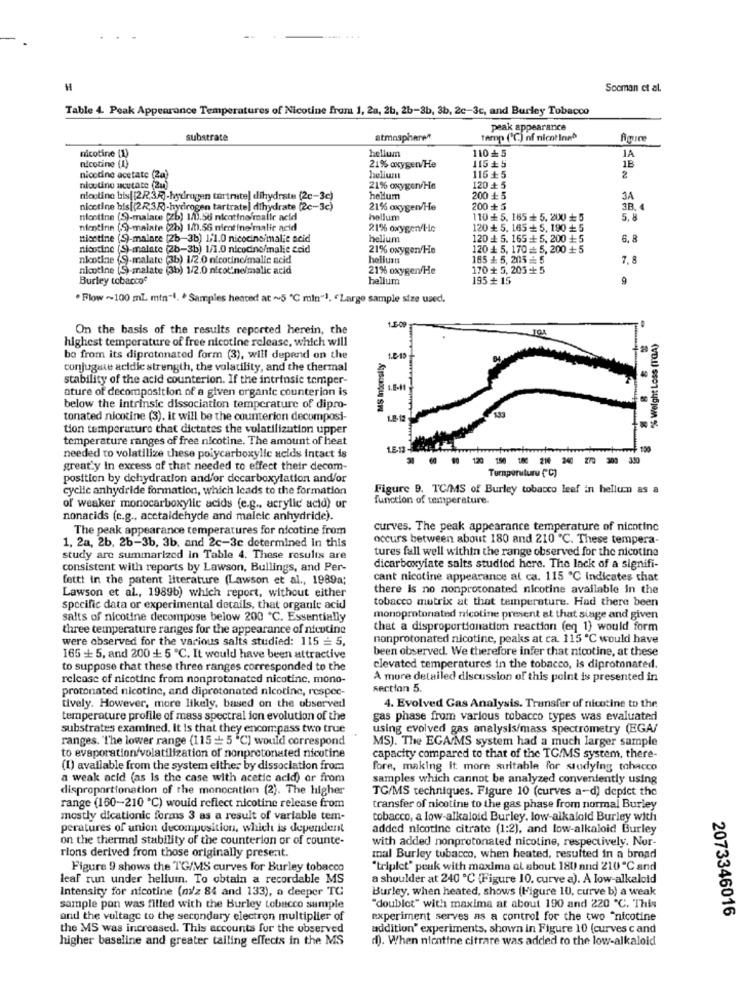
Sooman et al.
Table 4. Peak Appearance Temperatures of Nicotine from 1, 2a, 2b, 2b-3b, 3b, 2c-3c, and Burley Tobacco
peak appearance
substrate
atmosphere?
tamp ('℃) of nicotine?
nicotine (1)
hellum
110+ 5
JA
1E
nicotine (1)
21% oxygen/He
115 + 5
nicotine acetate (2a)
helium
115+5
2
nicotine acutate (21)
21% oxygen/He
120 + 5
nicotine bis[ [2R,32)-hydrogen tartrate) dihydrate (2c-3c)
hellum
200+ 5
3A
nicotine his[(22,37)-hydrogen tartrate] dihydrate (2c-3c)
21% oxygen/He
200+ 5
3B
nontine (S)-malate (Zb) 1/1.56 nicotine/malle acid
hollum
110+ 5, 165 + 5. 200+ 5
5.8
nietinn (S)-malate (2h) 1/0.56 niet ine malic acid
21% oxygen He
120+ 5, 165 + 5, 190 + 5
nicotine (S)-malare (2b-3b) 1/1.0 nicocincimalie acid
helium
120 + 5. 165 + 5, 200 + 5
6. 8
nicotine (S)-malate (2b-3b) 1/1.0 nicotine/malie ccid
21% oxygen/He
120 + 5, 170 = 5, 200 + 5
nicotine (S)-malate (3b) 1/2.0 nicotine/malle acid
helluan
185 + 5, 205 # 5
7.8
nicotine (S) malate (3b) 1/2.0 nicot'ne/malic acid
21% oxygen/He
170 + 5, 205 + 5
Burley tobacco€
hellum
195+ 15
9
Flow~100 mL min-1. * Samples heated at ~5 ℃ min"1, "Large sample size used,
On the basis of the results reported herein, the
highest temperature of free nicotine release, which will
% Weight Loss (TGA)
bo from its dipretenated form (3), will depend on the
conjugate acidic strength, the volatility, and the thermal
stability of the acid counterion. If the intrinsic tomper-
ature of decomposition of a given organic counterion is
1.8-1
below the intrinsic dissociation temperature of dipro-
tonated nicotine (3). it will be the counterion decomposi-
... .
tion temperature that dictates the volatilization upper
temperature ranges of free nicotine. The amount of heat
1513
150
needed to volatilize these polycarboxylic acids intact is
00 120 150 1: 214 240 2/0 300 330
great'y In excess of that needed to effect their decom-
position by dehydration and/or decarboxylation and/or
Turnporuturu (*℃)
cyclic anhydride formation, which leads to the formation
Figure 9. TC/MS of Burley tobacco leef in hellum as a
function of temperature.
of weaker monocarboxylic acids (e.g ., acrylic acid) or
nonacids (c.g ., acctaldehyde and maleic anhydride).
The peak appearance temperatures for nicotine from
curves. The peak appearance temperature of nicotinc
occurs between about 180 and 210 ℃. These tempera-
1, 2a, 2b, 2b-3b, 3b, and 2c-3c determined in this
tures fall well within the range observed for the nicotine
study are summarized in Table 4. These results are
consistent with reports by Lawson, Bullings, and Per-
dicarboxyiate salts studied here. The lack of a signifi-
fettt in the patent literature (Lawson et al ., 1989a;
cant nicotine appearance al ca. 115 ℃ indicates that
there is no nonprotonated nicotine available in the
Lawson et al ., 1989b) which report, without either
tobacco mutrix at that temperature. Had there been
specific data or experimental details, that organic acid
salts of nicotine decompose below 200 ℃. Essentially
monoprotonated nicotine present at that siage and given
three temperature ranges for the appearance of nicotine
that a disproportionation reaction (eq 1) would form
were observed for the various salts studied: 115 = 5,
nonprotonated nicotine, peaks at ca. 115 ℃ would have
been observed. We therefore infer that nicotine, at these
165 + 5, and 200 + 5 ℃. It would have been attractive
to suppose that these three ranges corresponded to the
clevated temperatures in the tobacco, is diprotonated.
release of nicotine from nonprotonated nicotine, mono-
A more detailed discussion of this point is presented in
protonated nicotine, and diprotonated nicotine, respec-
section 5.
tively. However, more likely, based on the observed
4. Evolved Gas Analysis. Transfer of nicotine to the
temperature profile of mass spectral ion evolution of the
gas phase from various tobacco types was evaluated
substrates examined. it is that they encompass two true
using evolved gas analysis/mass spectrometry (EGA/
ranges. The lower range (115 = 5 "C] would correspond
MS). The EGA MS system had a much larger sample
to evaporation/volatilization of nonpretonated nicotine
capacity compared to that of the TG/MS system, there-
(1) avallable from the system either by dissociation from
fore, making it more suitable for studying tobacco
a weak acid (as Is the case with acetic acid) or from
samples which cannot be analyzed conveniently using
disproportionation of the monocation (2). The higher
TC/MS techniques. Figure 10 (curves a-d) depict the
range (160-210 ℃) would reflect nicotine release from
transfer of nicotine to the gas phase from normal Burley
mostly dicationic forms 3 as a result of variable tem-
tobacco, a low-alkaloid Burley. low-alkaloid Burley with
peratures of union decomposition, which is dependent
added nicotine citrate (1:2), and low-alkaloid Burley
on the thermal stability of the counterion or of counte-
with added nonprotonated nicotine, respectively. Nor-
rions derived from those originally present.
mal Burley tobacco, when heated, resulted in a broad
Figure 9 shows the TG/MS curves for Burley tobacco
"triplet" peak with maxima al about 180) and 210 ℃ and
leaf run under helium. To obtain a recordable MS
a shoulder at 240 ℃ (Figure 10. curve a). A low-alkaloid
Intensity for nicotine (m/z 84 and 133), a deeper TG
Burley, when heated, shows (Figure 10, curve b) a weak
sample pan was filled with the Burley tobacco sumple
"doublet" with maxima at about 190 and 220 "℃. This
2073346016
and the voltage to the secondary electron multiplier of
experiment serves as a control for the two "nicotine
the MS was increased. This accounts for the observed
addition' experiments, shown in Figure 10 (curves c and
higher baseline and greater tailing effects in the MS
d). When niontine citrare was added to the low-alkaloid